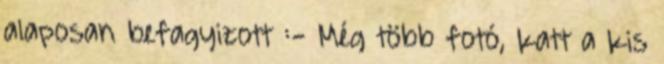
alaposan befagyizott :- Még több fotó, katt a kis